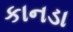
કાનડા